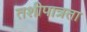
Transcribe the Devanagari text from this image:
तशीपात्रता